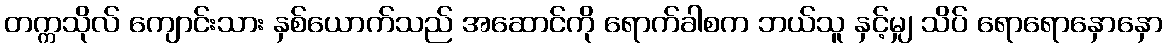
တက္ကသိုလ် ကျောင်းသား နှစ်ယောက်သည် အဆောင်ကို ရောက်ခါစက ဘယ်သူ နှင့်မျှ သိပ် ရောရောနှောနှော